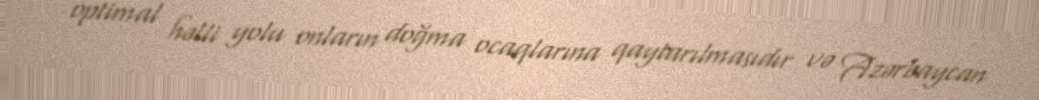
optimal həlli yolu onların doğma ocaqlarına qaytarılmasıdır və Azərbaycan